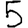
Digit: 5